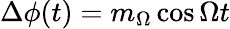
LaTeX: \Delta\phi(t)=m_{\Omega}\cos\Omega t